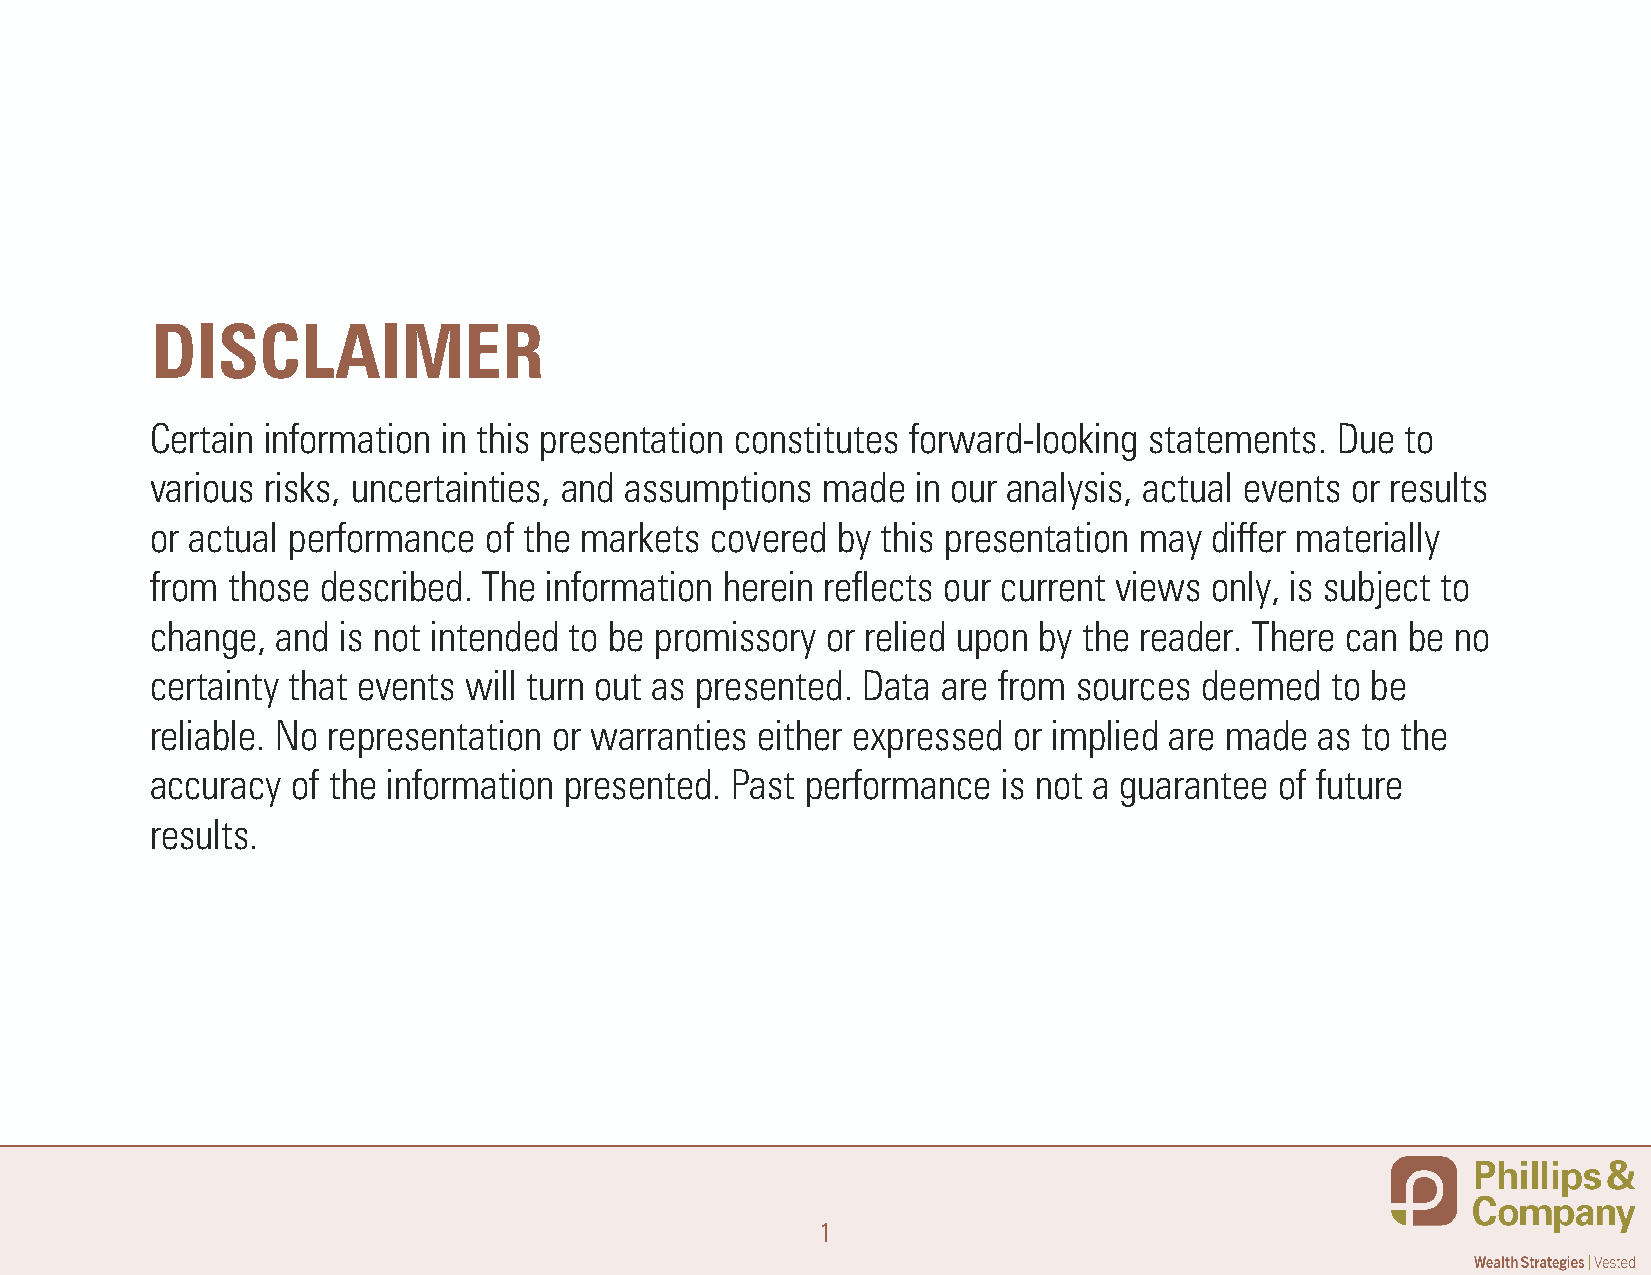
DISCLAIMER
 Certain information in this presentation constitutes forward-looking statements. Due to
 various risks, uncertainties, and assumptions made in our analysis, actual events or results
 or actual performance of the markets covered by this presentation may differ materially
 from those described. The information herein reflects our current views only, is subject to
 change, and is not intended to be promissory or relied upon by the reader. There can be no
 certainty that events will turn out as presented. Data are from sources deemed to be
 reliable. No representation or warranties either expressed or implied are made as to the
 accuracy of the information presented. Past performance is not a guarantee of future
 results.
 1